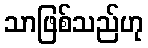
သာဖြစ်သည်ဟု